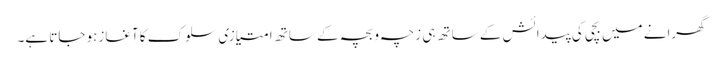
گھرانے میں بچی کی پیدائش کے ساتھ ہی زچہ و بچہ کے ساتھ امتیازی سلوک کا آغازہو جاتا ہے۔